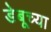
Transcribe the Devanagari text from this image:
डेबूच्या